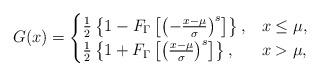
LaTeX: \begin{align*}G(x)=\begin{cases}\frac{1}{2}\left\{1 - F_\Gamma\left[\left(-\frac{x-\mu}{\sigma}\right)^s\right]\right\},&x\leq\mu, \\\frac{1}{2}\left\{1 + F_\Gamma\left[\left(\frac{x-\mu}{\sigma}\right)^s\right]\right\},&x>\mu,\end{cases}\end{align*}